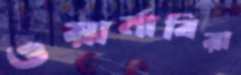
ওয়ার্নাবিরা